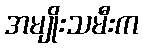
အမျိုးသမီးက